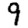
Digit: 9